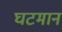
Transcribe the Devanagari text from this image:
घटमान